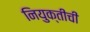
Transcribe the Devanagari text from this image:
नियुक्तीची